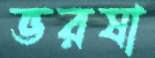
ভরষা